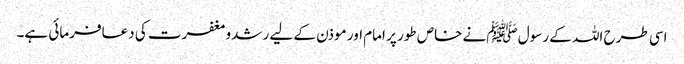
اسی طرح اللہ کے رسول ﷺنے خاص طور پر امام اور موذن کے لیے رشدومغفرت کی دعافرمائی ہے۔